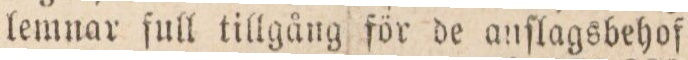
lemnar ſull tillgång för de anſlagsbehof